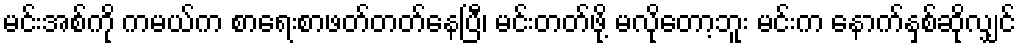
မင်းအစ်ကို ကမယ်က စာရေးစာဖတ်တတ်နေပြီ၊ မင်းတတ်ဖို့ မလိုတော့ဘူး မင်းက နောက်နှစ်ဆိုလျှင်